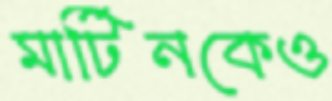
মার্টিনকেও